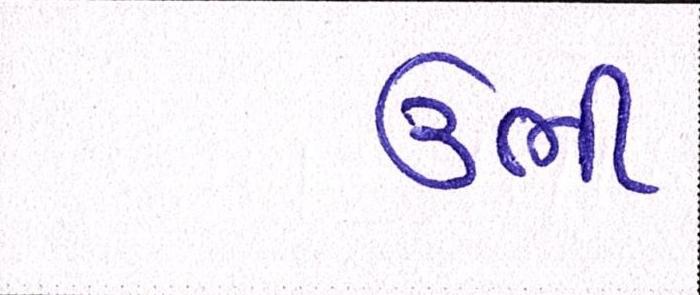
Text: ઉભી